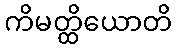
ကိမတ္ထိယောတိ